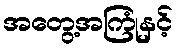
အတွေ့အကြုံနှင့်